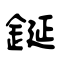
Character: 鋋